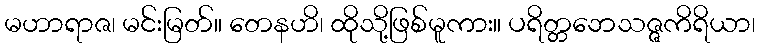
မဟာရာဇ၊ မင်းမြတ်။ တေနဟိ၊ ထိုသို့ဖြစ်မူကား။ ပရိတ္တဘေသဇ္ဇကိရိယာ၊